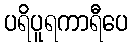
ပရိပူရကာရီပေ